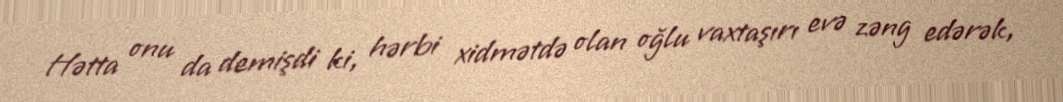
Hətta onu da demişdi ki, hərbi xidmətdə olan oğlu vaxtaşırı evə zəng edərək,